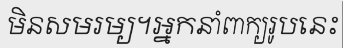
មិនសមរម្យ។អ្នកនាំពាក្យរូបនេះ